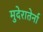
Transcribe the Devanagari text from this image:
मुदेरातेर्ना